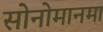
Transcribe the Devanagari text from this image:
सोनोमानमा